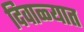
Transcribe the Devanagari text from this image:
दिवाळ्यात